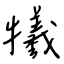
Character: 犧